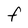
Character: f